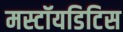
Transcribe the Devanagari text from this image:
मस्टॉयडिटिस